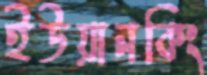
ইউয়ানকিং